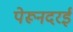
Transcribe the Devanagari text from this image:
पेरूनदरई